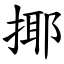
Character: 揶